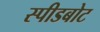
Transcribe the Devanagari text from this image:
स्‍पीडबोट